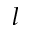
l